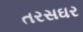
તરસઘર